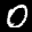
Label: 0